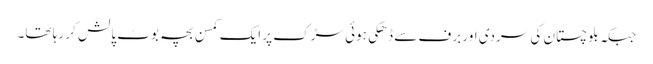
جبکہ بلوچستان کی سردی اور برف سے ڈھکی ہوئی سڑک پر ایک کمسن بچہ بوٹ پالش کر رہا تھا۔